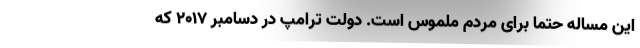
این مساله حتماً برای مردم ملموس است. دولت ترامپ در دسامبر ۲۰۱۷ که